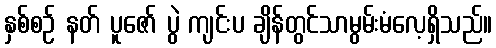
နှစ်စဉ် နတ် ပူဇော် ပွဲ ကျင်းပ ချိန်တွင်သာမွမ်းမံလေ့ရှိသည်။